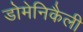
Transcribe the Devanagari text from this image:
डोमेनिकैली